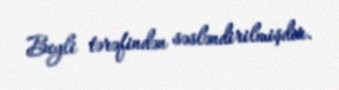
Beyli tərəfindən səsləndirilmişdir.